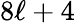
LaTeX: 8\ell+4